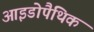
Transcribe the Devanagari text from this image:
आइडोपैथिक